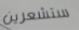
ستشعرين